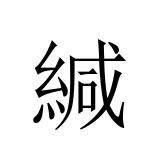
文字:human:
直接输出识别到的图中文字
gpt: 緘